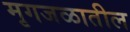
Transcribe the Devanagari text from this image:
मृगजळातील